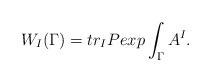
LaTeX: \begin{align*}W_{I}(\Gamma)=tr_{I}Pexp\int_{\Gamma}A^{I}.\end{align*}